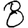
Digit: 8